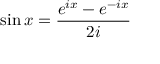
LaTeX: \sin x = { \frac { e ^ { i x } - e ^ { - i x } } { 2 i } }